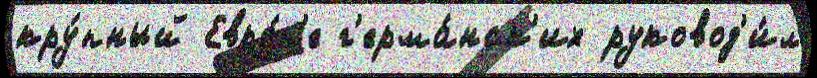
кру́пный Евро́п'е г'ерма́нск'их руковод'и́л